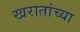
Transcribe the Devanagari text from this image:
खरातांच्या